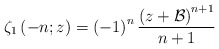
\begin{align*}\zeta_{1}\left(-n;z\right)=\left(-1\right)^{n}\frac{\left(z+\mathcal{B}\right)^{n+1}}{n+1}\end{align*}